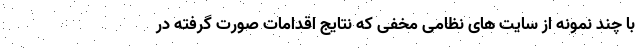
با چند نمونه از سایت های نظامی مخفی که نتایج اقدامات صورت گرفته در